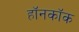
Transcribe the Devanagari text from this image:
हॉनकॉक